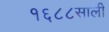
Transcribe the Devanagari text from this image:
१६८८साली